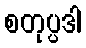
စတုပ္ပဒါ